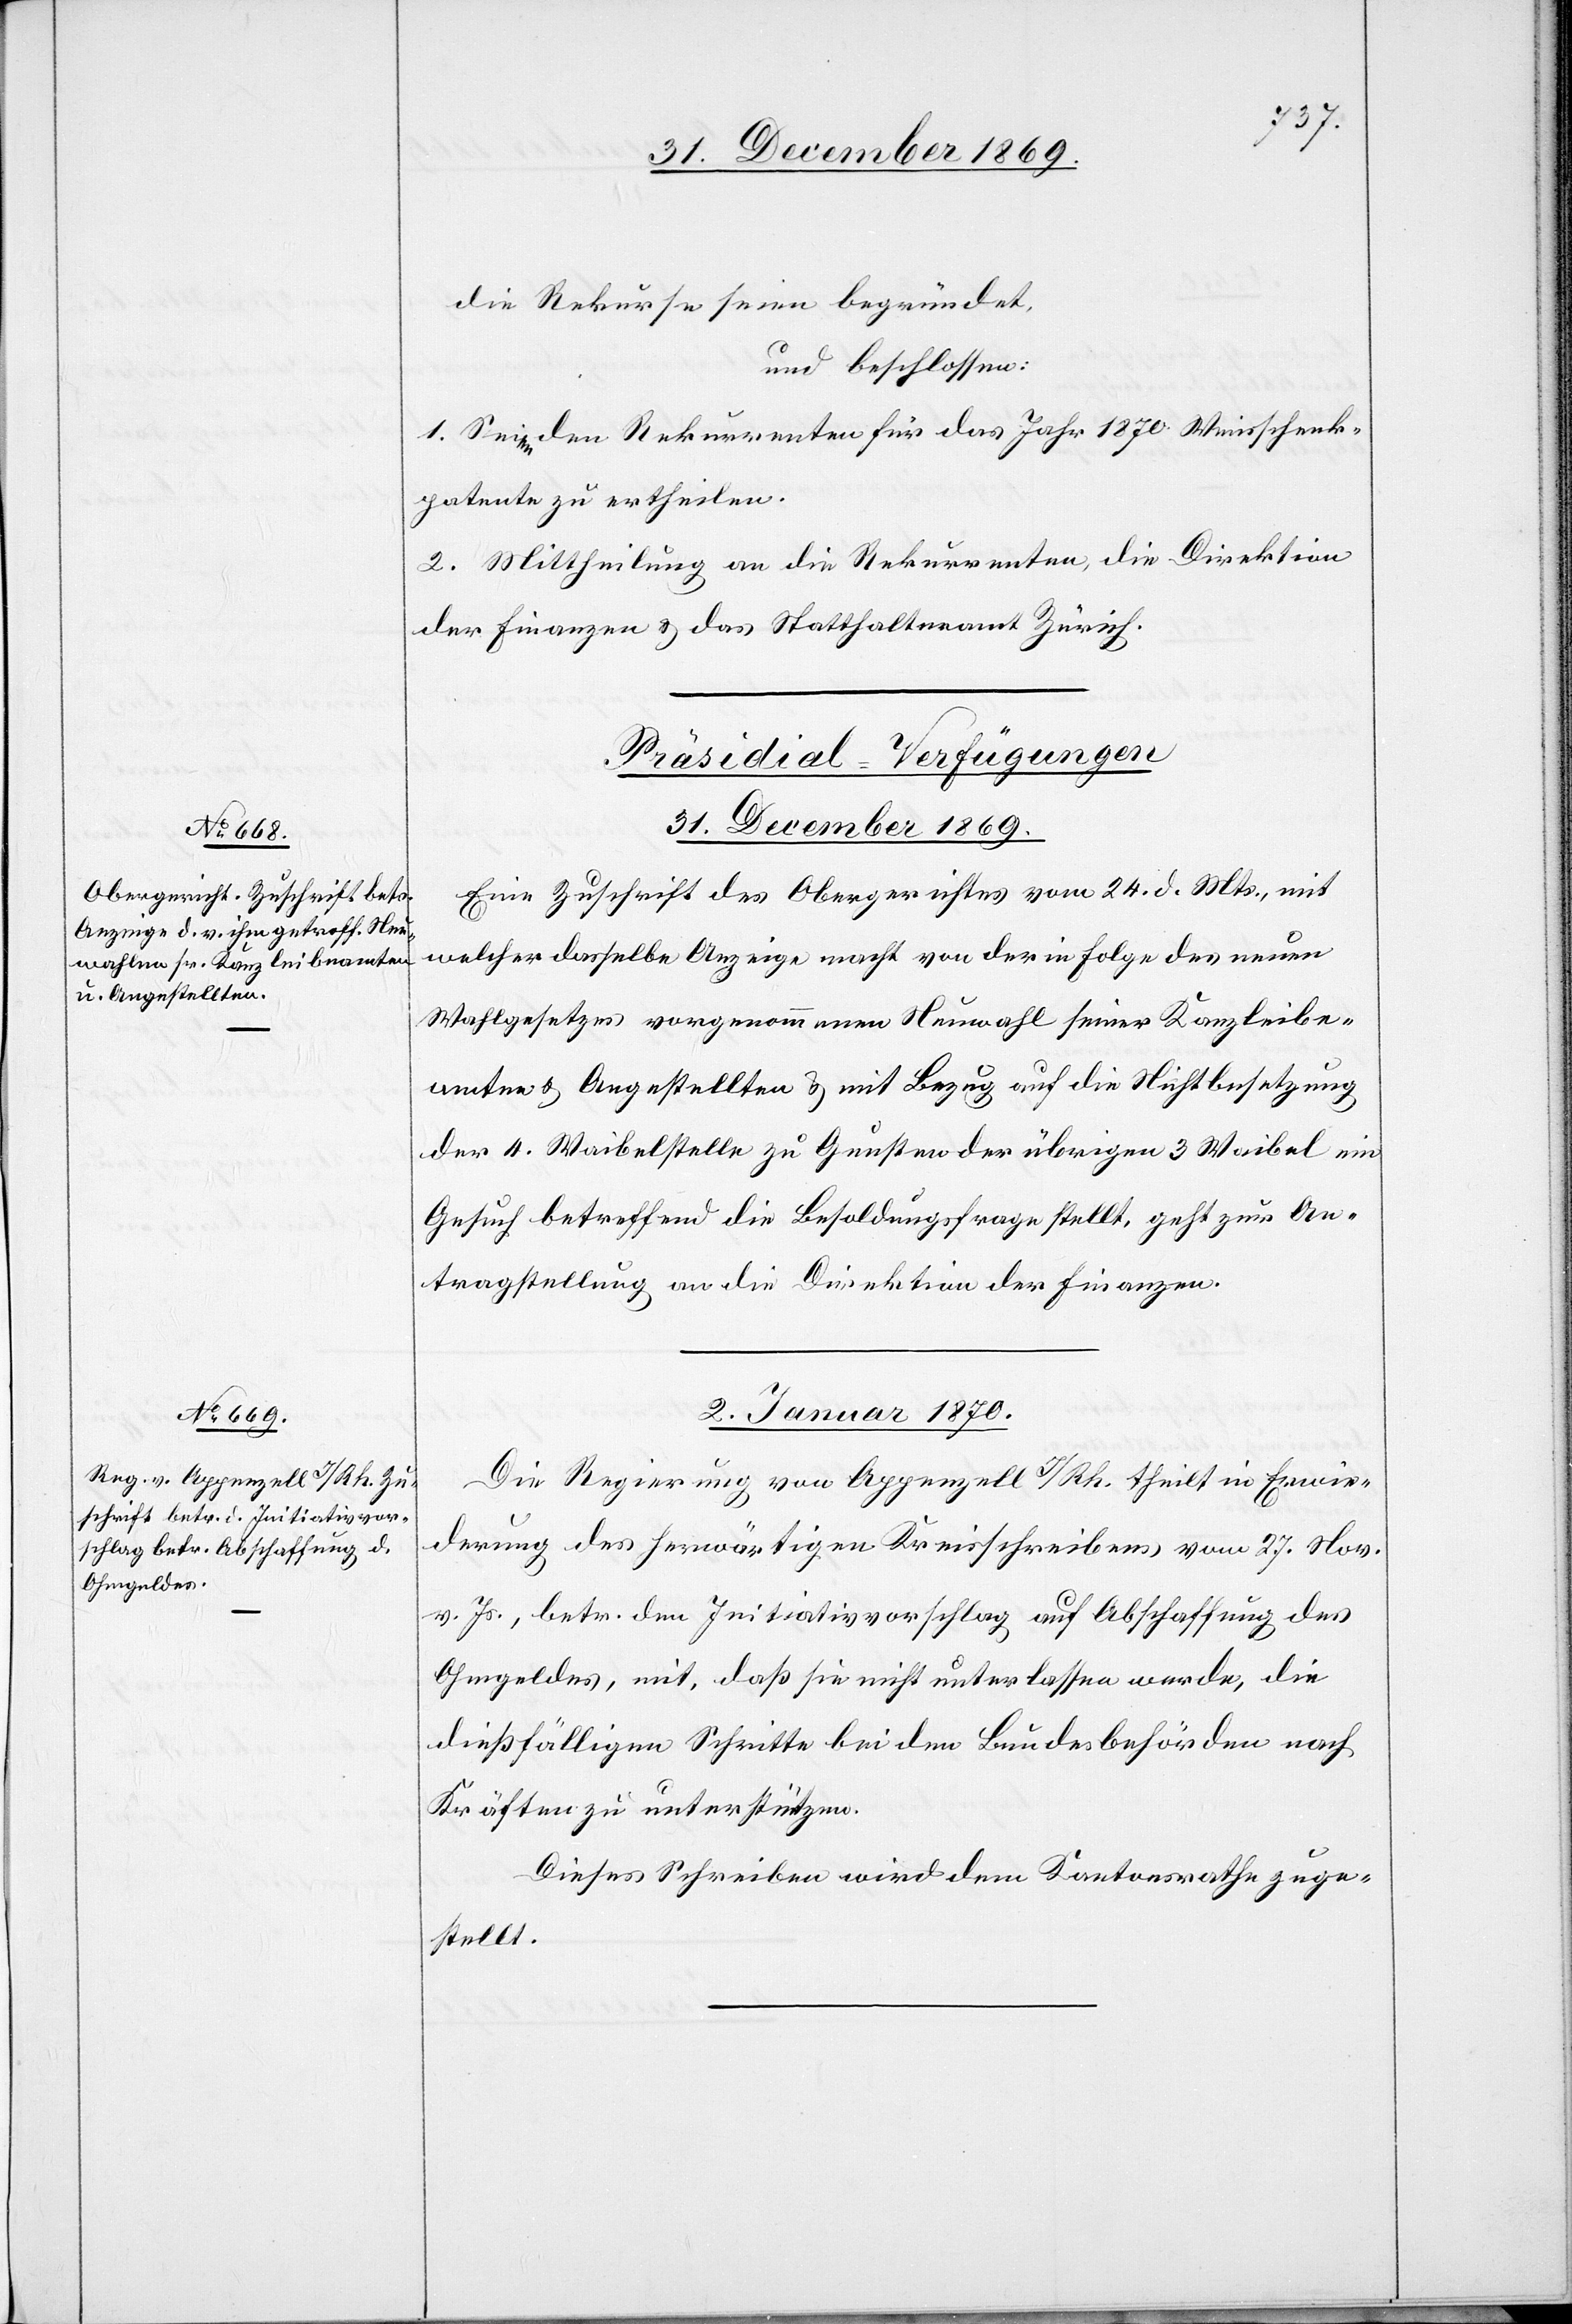
die Rekurse seien begründet,
und beschlossen:
1. Seien den Rekurrenten für das Jahr 1870 Weinschenk¬
patente zu ertheilen.
2. Mittheilung an die Rekurrenten, die Direktion
der Finanzen & das Statthalteramt Zürich.
[Präsidial-Verfügungen]
31. December 1869.
Eine Zuschrift des Obergerichtes vom 24. d. Mts., mit
welcher dasselbe Anzeige macht von der in Folge des neuen
Wahlgesetzes vorgenommenen Neuwahl seiner Kanzleibe¬
amten & Angestellten & mit Bezug auf die Nichtbesetzung
der 4. Waibelstelle zu Gunsten der übrigen 3 Waibel ein
Gesuch betreffend die Besoldungsfrage stellt, geht zur An¬
tragstellung an die Direktion der Finanzen.
2. Januar 1870.
Die Regierung von Appenzell I/Rh. theilt in Erwie¬
derung des herwärtigen Kreisschreibens vom 27. Nov.
v. Js., betr. den Initiativvorschlag auf Abschaffung des
Ohmgeldes, mit, daß sie nicht unterlassen werde, die
dießfälligen Schritte bei den Bundesbehörden nach
Kräften zu unterstützen.
Dieses Schreiben wird dem Kantonsrathe zuge¬
stellt.